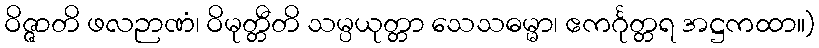
ဝိဇ္ဇာတိ ဖလဉာဏံ၊ ဝိမုတ္တီတိ သမ္ပယုတ္တာ သေသဓမ္မာ၊ ဧကင်္ဂုတ္တရ အဋ္ဌကထာ။)